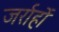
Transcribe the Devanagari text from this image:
जर्राहों